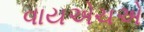
વાયએચએ